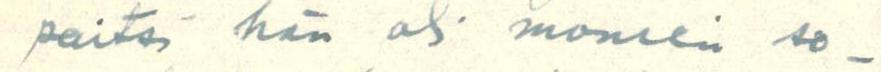
paitsi hän oli monien so-